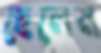
ছেলেম